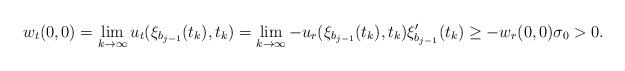
LaTeX: \begin{align*}w_t(0,0)=\lim_{k\to\infty}u_t(\xi_{b_{j-1}}(t_k), t_k)=\lim_{k\to\infty}-u_r(\xi_{b_{j-1}}(t_k), t_k)\xi'_{b_{j-1}}(t_k)\geq -w_r(0,0)\sigma_0>0.\end{align*}